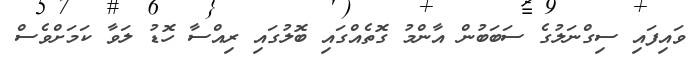
ވައިފައި ސިގްނަލުގެ ސަބަބުން އާންމު ގޮތެއްގައި ބޮލުގައި ރިއްސާ ހޮޑު ލަވާ ކަމަށްވެސް